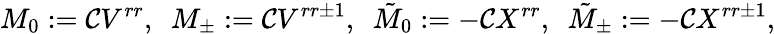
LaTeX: M_{0}:=\mathcal{C}V^{rr},\ \ M_{\pm}:=\mathcal{C}V^{rr\pm1},\ \ {\tilde{{M}}}_{0}:=-\mathcal{C}X^{rr},\ \ {\tilde{{M}}}_{\pm}:=-\mathcal{C}X^{rr\pm1},